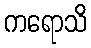
ကရောသိ